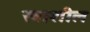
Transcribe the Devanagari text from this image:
खाशील